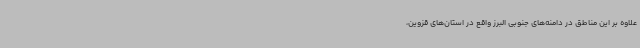
علاوه بر این مناطق در دامنه‌های جنوبی البرز واقع در استان‌های قزوین،